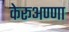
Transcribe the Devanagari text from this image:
केरूअण्णा